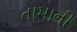
તામાની